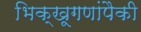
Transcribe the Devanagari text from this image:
भिक्खूगणांपैकी